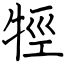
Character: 牼